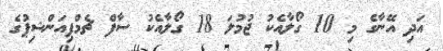
އަދި އޭނާގެ މި 10 ގޯލާއެކު ޖުމުލަ 18 ގޯލާއެކު ސާފް ޗެމްޕިއަންޝިޕުގެ